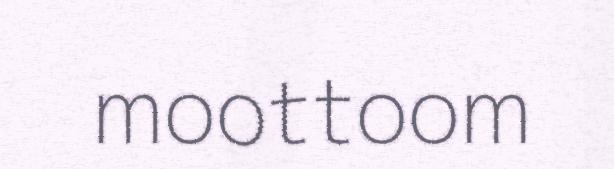
moottoom